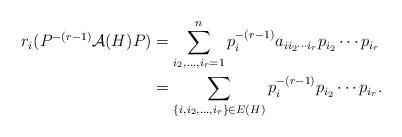
LaTeX: \begin{align*}r_i(P^{-(r-1)}\mathcal{A}(H)P) & =\sum_{i_2,\ldots,i_r=1}^np_i^{-(r-1)}a_{ii_2\cdots i_r}p_{i_2}\cdots p_{i_r}\\& =\sum_{\{i,i_2,\ldots,i_r\}\in E(H)}p_i^{-(r-1)}p_{i_2}\cdots p_{i_r}.\end{align*}